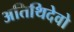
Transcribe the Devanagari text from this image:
अतिथिदेवो